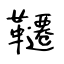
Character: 韆